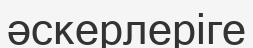
әскерлеріге